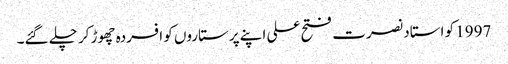
1997 کو استاد نصرت فتح علی اپنے پرستاروں کو افسردہ چھوڑ کر چلے گئے۔